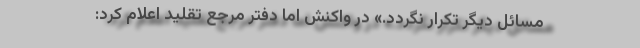
مسائل دیگر تکرار نگردد.» در واکنش اما دفتر مرجع تقلید اعلام کرد: